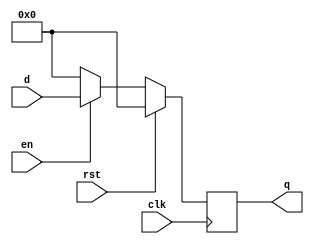
`timescale 1ns / 1ps
//////////////////////////////////////////////////////////////////////////////////
// Company: 
// Engineer: 
// 
// Design Name: 
// Module Name:    memory_reg_1bit 
// Project Name: 
// Target Devices: 
// Tool versions: 
// Description: 
//
// Dependencies: 
//
// Revision: 
// Revision 0.01 - File Created
// Additional Comments: 
//
//////////////////////////////////////////////////////////////////////////////////
module memory_reg_16bit(
	 input [15:0] d,
    input en,clk,rst,
    output [15:0] q
    );
	 reg [15:0] mem;
initial mem=16'b0;
always@(posedge clk) begin
	if(rst)	mem=16'b0;
	else begin
		if(en)
			mem=d;
		else
			mem=16'b0;
	end
end
assign q=mem;
endmodule